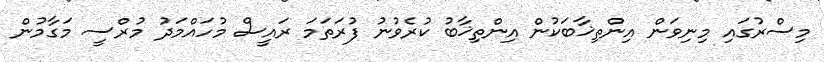
މިސްރުގައި މިނިވަން އިންތިޚާބަކުން އިންތިޚާބު ކުރެވުނު ފުރަތަމަ ރައީސް މުހައްމަދު މުރްސީ މަގާމުން